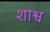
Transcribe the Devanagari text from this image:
शाश्व